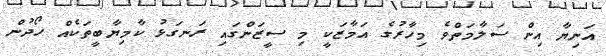
އަނިޔާ އިން ސަލާމަތްވެ މިހާރުގެ އަމާޒަކީ މި ސީޒަންގައި ރަނގަޅު ކާމިޔާބީތަކެއް ހޯދުން